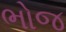
ભોજ